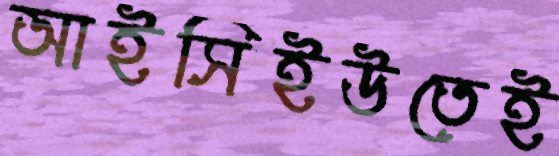
আইসিইউতেই